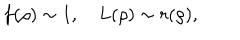
f ( \rho ) \sim 1 , \quad L ( \rho ) \sim r ( \rho ) ,